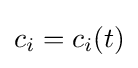
c_{i}=c_{i}(t)